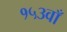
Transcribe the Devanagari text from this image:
१५३वाँ